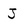
Character: J